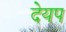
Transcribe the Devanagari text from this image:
देयप